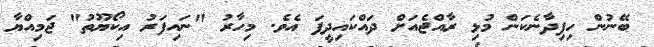
ބޭނުން ހިފިދާނެކަން މުޅި ރާއްޖެއަށް ދައްކައިދީފަ އެވެ. މިހާރު "ނައިފަރު އިކޯޔޫތު" ޖަމިއްޔާ